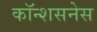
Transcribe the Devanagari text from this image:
कॉन्शसनेस